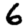
Digit: 6